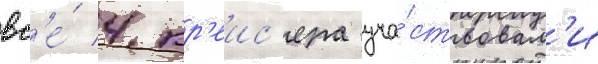
вс'е́ 4 кр'еис'ера уча́ствовал'и